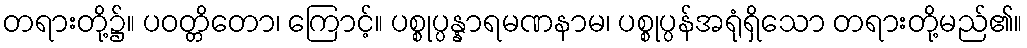
တရားတို့၌။ ပဝတ္တိတော၊ ကြောင့်။ ပစ္စုပ္ပန္နာရမဏနာမ၊ ပစ္စုပ္ပန်အရုံရှိသော တရားတို့မည်၏။